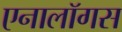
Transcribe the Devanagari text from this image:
एनालॉगस